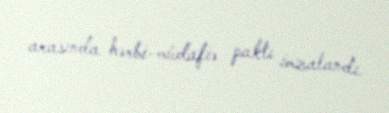
arasında hərbi-müdafiə paktı imzalandı.